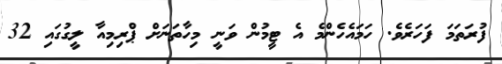
ފުރަތަމަ ފަހަރެވެ. ހަމައެހެންމެ އެ ޓީމުން ވަނީ މިހާތަނަށް ޕްރިމިއާ ލީގުގައި 32